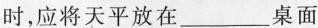
时，应将天平放在___桌面